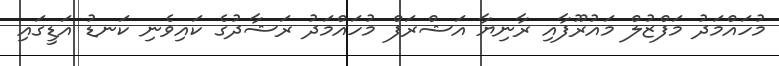
މުހައްމަދު މަފްޒުލް މައުރޫފާއި ރާނިޔާ އަޝްރަފް މުހައްމަދު ރަޝާދުގެ ކައިވެނި ކަނޑު އަޑީގައި